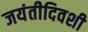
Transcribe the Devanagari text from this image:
जयंतीदिवशी